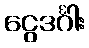
ငွေဒင်္ဂါး